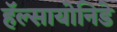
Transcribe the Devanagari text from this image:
हॅल्सायोनिडे